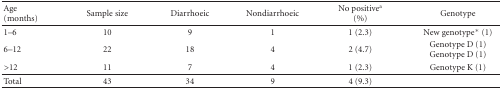
| Age(months) | Sample size | Diarrhoeic | Nondiarrhoeic | No positivea(%) | Genotype |
 | --- | --- | --- | --- | --- | --- |
 | 1–6 | 10 | 9 | 1 | 1 (2.3) | New genotype* (1) |
 | 6–12 | 22 | 18 | 4 | 2 (4.7) | Genotype D (1)Genotype D (1) |
 | >12 | 11 | 7 | 4 | 1 (2.3) | Genotype K (1) |
 | Total | 43 | 34 | 9 | 4 (9.3) |  |